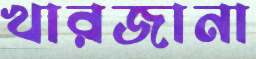
খারজানা